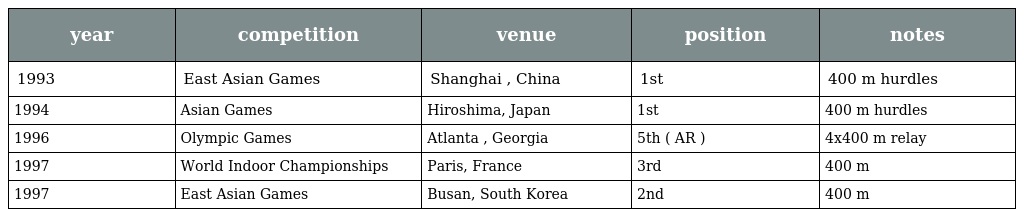
| year | competition | venue | position | notes |
 | --- | --- | --- | --- | --- |
 | 1993 | East Asian Games | Shanghai , China | 1st | 400 m hurdles |
 | 1994 | Asian Games | Hiroshima, Japan | 1st | 400 m hurdles |
 | 1996 | Olympic Games | Atlanta , Georgia | 5th ( AR ) | 4x400 m relay |
 | 1997 | World Indoor Championships | Paris, France | 3rd | 400 m |
 | 1997 | East Asian Games | Busan, South Korea | 2nd | 400 m |